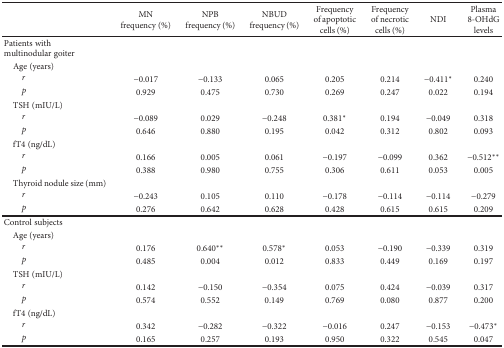
<table><thead><tr><td></td><td><b>MN frequency (%)</b></td><td><b>NPB frequency (%)</b></td><td><b>NBUD frequency (%)</b></td><td><b>Frequency of apoptotic cells (%)</b></td><td><b>Frequency of necrotic cells (%)</b></td><td><b>NDI</b></td><td><b>Plasma 8-OHdG levels</b></td></tr></thead><tbody><tr><td>Patients with multinodular goiter</td><td></td><td></td><td></td><td></td><td></td><td></td><td></td></tr><tr><td> Age (years)</td><td></td><td></td><td></td><td></td><td></td><td></td><td></td></tr><tr><td><i>r</i></td><td>−0.017</td><td>−0.133</td><td>0.065</td><td>0.205</td><td>0.214</td><td>−0.411<sup>∗</sup></td><td>0.240</td></tr><tr><td><i>p</i></td><td>0.929</td><td>0.475</td><td>0.730</td><td>0.269</td><td>0.247</td><td>0.022</td><td>0.194</td></tr><tr><td> TSH (mIU/L)</td><td></td><td></td><td></td><td></td><td></td><td></td><td></td></tr><tr><td><i>r</i></td><td>−0.089</td><td>0.029</td><td>−0.248</td><td>0.381<sup>∗</sup></td><td>0.194</td><td>−0.049</td><td>0.318</td></tr><tr><td><i>p</i></td><td>0.646</td><td>0.880</td><td>0.195</td><td>0.042</td><td>0.312</td><td>0.802</td><td>0.093</td></tr><tr><td> fT4 (ng/dL)</td><td></td><td></td><td></td><td></td><td></td><td></td><td></td></tr><tr><td><i>r</i></td><td>0.166</td><td>0.005</td><td>0.061</td><td>−0.197</td><td>−0.099</td><td>0.362</td><td>−0.512<sup>∗∗</sup></td></tr><tr><td><i>p</i></td><td>0.388</td><td>0.980</td><td>0.755</td><td>0.306</td><td>0.611</td><td>0.053</td><td>0.005</td></tr><tr><td> Thyroid nodule size (mm)</td><td></td><td></td><td></td><td></td><td></td><td></td><td></td></tr><tr><td><i>r</i></td><td>−0.243</td><td>0.105</td><td>0.110</td><td>−0.178</td><td>−0.114</td><td>−0.114</td><td>−0.279</td></tr><tr><td><i>p</i></td><td>0.276</td><td>0.642</td><td>0.628</td><td>0.428</td><td>0.615</td><td>0.615</td><td>0.209</td></tr><tr><td>Control subjects</td><td></td><td></td><td></td><td></td><td></td><td></td><td></td></tr><tr><td> Age (years)</td><td></td><td></td><td></td><td></td><td></td><td></td><td></td></tr><tr><td><i>r</i></td><td>0.176</td><td>0.640<sup>∗∗</sup></td><td>0.578<sup>∗</sup></td><td>0.053</td><td>−0.190</td><td>−0.339</td><td>0.319</td></tr><tr><td><i>p</i></td><td>0.485</td><td>0.004</td><td>0.012</td><td>0.833</td><td>0.449</td><td>0.169</td><td>0.197</td></tr><tr><td> TSH (mIU/L)</td><td></td><td></td><td></td><td></td><td></td><td></td><td></td></tr><tr><td><i>r</i></td><td>0.142</td><td>−0.150</td><td>−0.354</td><td>0.075</td><td>0.424</td><td>−0.039</td><td>0.317</td></tr><tr><td><i>p</i></td><td>0.574</td><td>0.552</td><td>0.149</td><td>0.769</td><td>0.080</td><td>0.877</td><td>0.200</td></tr><tr><td> fT4 (ng/dL)</td><td></td><td></td><td></td><td></td><td></td><td></td><td></td></tr><tr><td><i>r</i></td><td>0.342</td><td>−0.282</td><td>−0.322</td><td>−0.016</td><td>0.247</td><td>−0.153</td><td>−0.473<sup>∗</sup></td></tr><tr><td><i>p</i></td><td>0.165</td><td>0.257</td><td>0.193</td><td>0.950</td><td>0.322</td><td>0.545</td><td>0.047</td></tr></tbody></table>